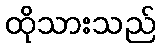
ထိုသားသည်